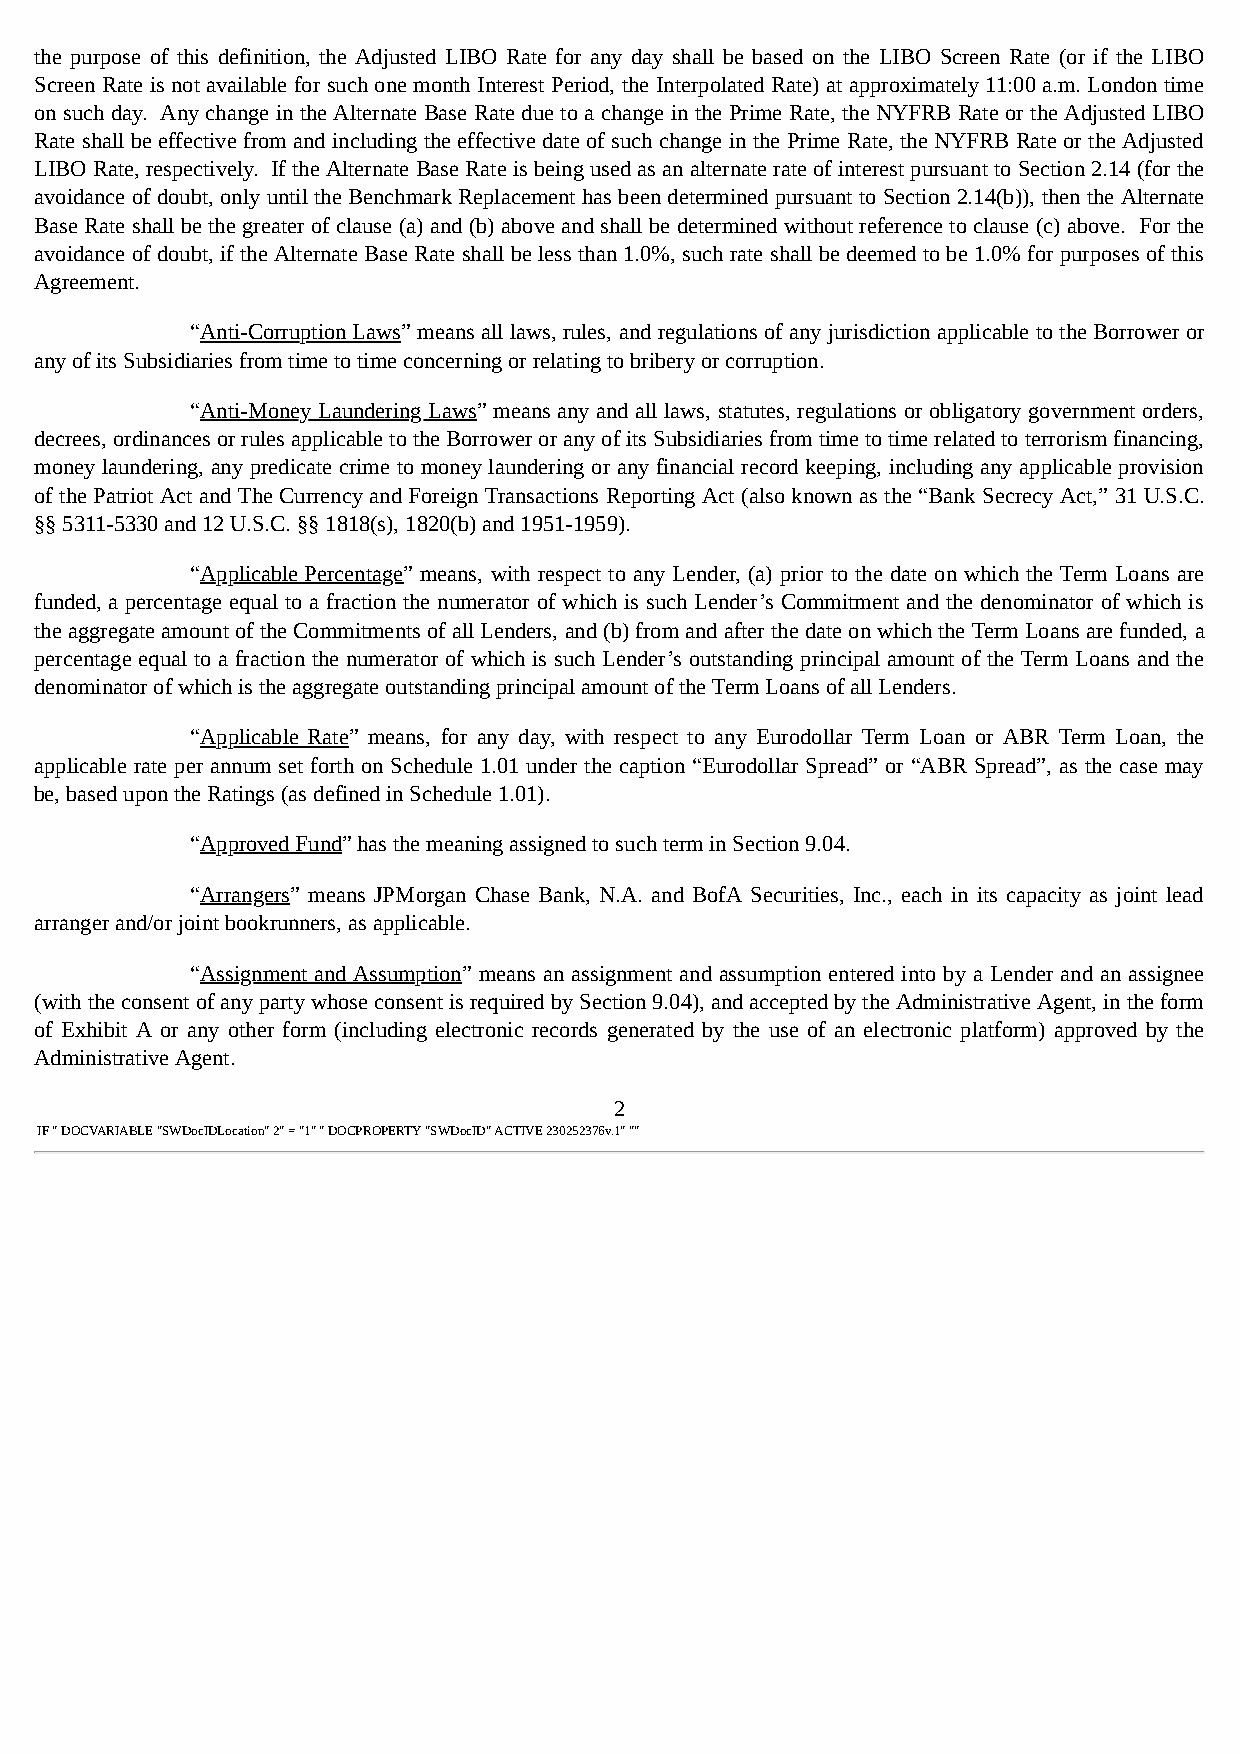
the purpose of this definition, the Adjusted LIBO Rate for any day shall be based on the LIBO Screen Rate (or if the LIBO
 Screen Rate is not available for such one month Interest Period, the Interpolated Rate) at approximately 11:00 a.m. London time
 on such day. Any change in the Alternate Base Rate due to a change in the Prime Rate, the NYFRB Rate or the Adjusted LIBO
 Rate shall be effective from and including the effective date of such change in the Prime Rate, the NYFRB Rate or the Adjusted
 LIBO Rate, respectively. If the Alternate Base Rate is being used as an alternate rate of interest pursuant to Section 2.14 (for the
 avoidance of doubt, only until the Benchmark Replacement has been determined pursuant to Section 2.14(b)), then the Alternate
 Base Rate shall be the greater of clause (a) and (b) above and shall be determined without reference to clause (c) above. For the
 avoidance of doubt, if the Alternate Base Rate shall be less than 1.0%, such rate shall be deemed to be 1.0% for purposes of this
 Agreement.
 “Anti-Corruption Laws” means all laws, rules, and regulations of any jurisdiction applicable to the Borrower or
 any of its Subsidiaries from time to time concerning or relating to bribery or corruption.
 “Anti-Money Laundering Laws” means any and all laws, statutes, regulations or obligatory government orders,
 decrees, ordinances or rules applicable to the Borrower or any of its Subsidiaries from time to time related to terrorism financing,
 money laundering, any predicate crime to money laundering or any financial record keeping, including any applicable provision
 of the Patriot Act and The Currency and Foreign Transactions Reporting Act (also known as the “Bank Secrecy Act,” 31 U.S.C.
 §§ 5311-5330 and 12 U.S.C. §§ 1818(s), 1820(b) and 1951-1959).
 “Applicable Percentage” means, with respect to any Lender, (a) prior to the date on which the Term Loans are
 funded, a percentage equal to a fraction the numerator of which is such Lender’s Commitment and the denominator of which is
 the aggregate amount of the Commitments of all Lenders, and (b) from and after the date on which the Term Loans are funded, a
 percentage equal to a fraction the numerator of which is such Lender’s outstanding principal amount of the Term Loans and the
 denominator of which is the aggregate outstanding principal amount of the Term Loans of all Lenders.
 “Applicable Rate” means, for any day, with respect to any Eurodollar Term Loan or ABR Term Loan, the
 applicable rate per annum set forth on Schedule 1.01 under the caption “Eurodollar Spread” or “ABR Spread”, as the case may
 be, based upon the Ratings (as defined in Schedule 1.01).
 “Approved Fund” has the meaning assigned to such term in Section 9.04.
 “Arrangers” means JPMorgan Chase Bank, N.A. and BofA Securities, Inc., each in its capacity as joint lead
 arranger and/or joint bookrunners, as applicable.
 “Assignment and Assumption” means an assignment and assumption entered into by a Lender and an assignee
 (with the consent of any party whose consent is required by Section 9.04), and accepted by the Administrative Agent, in the form
 of Exhibit A or any other form (including electronic records generated by the use of an electronic platform) approved by the
 Administrative Agent.
 2
 IF " DOCVARIABLE "SWDocIDLocation" 2" = "1" " DOCPROPERTY "SWDocID" ACTIVE 230252376v.1" ""